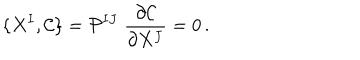
\{ X ^ { I } , \mathcal { C } \} = \mathcal { P } ^ { I J } \; \frac { \partial \mathcal { C } } { \partial X ^ { J } } = 0 \, .